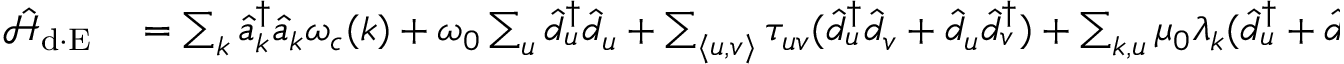
\begin{array} { r l } { \mathcal { \hat { H } } _ { \mathrm { d \cdot E } } } & { { } = \sum _ { { \boldsymbol k } } \hat { a } _ { { \boldsymbol k } } ^ { \dagger } \hat { a } _ { { \boldsymbol k } } \omega _ { c } ( { \boldsymbol k } ) + \omega _ { 0 } \sum _ { u } \hat { d } _ { u } ^ { \dagger } \hat { d } _ { u } + \sum _ { \langle u , v \rangle } \tau _ { u v } ( \hat { d } _ { u } ^ { \dagger } \hat { d } _ { v } + \hat { d } _ { u } \hat { d } _ { v } ^ { \dagger } ) + \sum _ { { \boldsymbol k } , u } \mu _ { 0 } \lambda _ { \boldsymbol k } ( \hat { d } _ { u } ^ { \dagger } + \hat { d } _ { u } ) \big ( e ^ { - i { \boldsymbol k _ { \parallel } } \cdot { \bf R } _ { u } } \hat { a } _ { { \boldsymbol k } } ^ { \dagger } + e ^ { i { \boldsymbol k _ { \parallel } } \cdot { \bf R } _ { u } } \hat { a } _ { { \boldsymbol k } } \big ) \sin ( { k _ { y } } ( \hat { \bf y } \cdot { \bf R } _ { u } ) ) } \end{array}